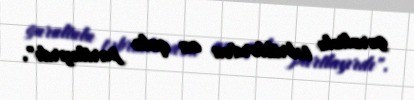
gurultulu təbriklərdən az qala partlayırdı".